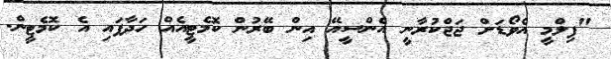
"ފިލްމީ އެވޯޑަށް ޖަޖްކުރާނީ އެންސީއޭ އިން ބޭރުން ކޮމެޓީއެއް ހަދާފައި އެ ކޮމެޓީން.